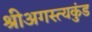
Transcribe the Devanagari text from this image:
श्रीअगस्त्यकुंड